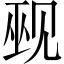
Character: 觋